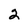
Character: 2